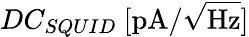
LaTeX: DC_{SQUID}\ [\mathrm{pA}/\sqrt{\mathrm{Hz}}]